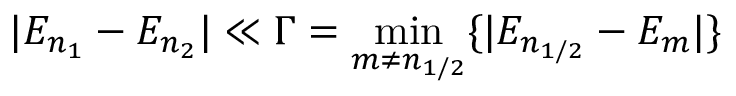
| E _ { n _ { 1 } } - E _ { n _ { 2 } } | \ll \Gamma = \operatorname* { m i n } _ { m \neq n _ { 1 / 2 } } \{ | E _ { n _ { 1 / 2 } } - E _ { m } | \}